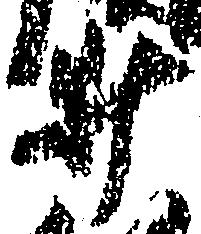
井